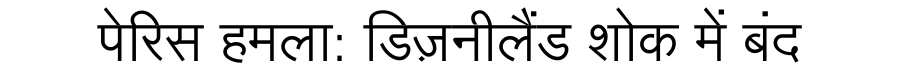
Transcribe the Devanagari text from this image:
पेरिस हमला: डिज़नीलैंड शोक में बंद